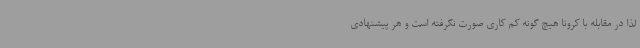
لذا در مقابله با کرونا هیچ گونه کم کاری صورت نگرفته است و هر پیشنهادی